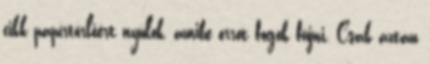
cikk papírtörlőért nyúlok, amibe orrot fogok fújni. Csak aztán